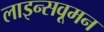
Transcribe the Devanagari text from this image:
लाइन्सवूमन